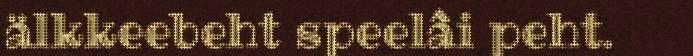
älkkeebeht speelâi peht.